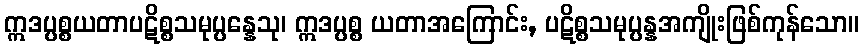
ဣဒပ္ပစ္စယတာပဋိစ္စသမုပ္ပန္နေသု၊ ဣဒပ္ပစ္စ ယတာအကြောင်း, ပဋိစ္စသမုပ္ပန္နအကျိုးဖြစ်ကုန်သော။